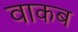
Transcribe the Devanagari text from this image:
वाकब